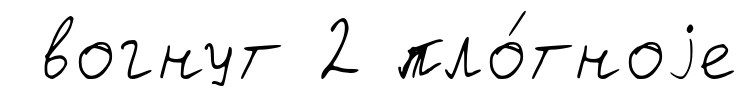
вогнут 2 пло́тноjе